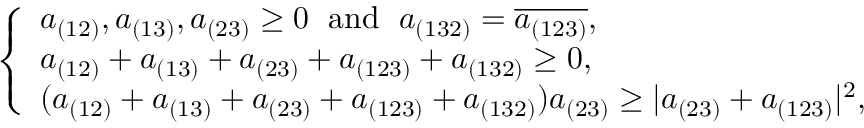
\left\{ \begin{array} { l l } { a _ { ( 1 2 ) } , a _ { ( 1 3 ) } , a _ { ( 2 3 ) } \geq 0 \; \mathrm { ~ a n d ~ } \; a _ { ( 1 3 2 ) } = \overline { { a _ { ( 1 2 3 ) } } } , } \\ { a _ { ( 1 2 ) } + a _ { ( 1 3 ) } + a _ { ( 2 3 ) } + a _ { ( 1 2 3 ) } + a _ { ( 1 3 2 ) } \geq 0 , } \\ { ( a _ { ( 1 2 ) } + a _ { ( 1 3 ) } + a _ { ( 2 3 ) } + a _ { ( 1 2 3 ) } + a _ { ( 1 3 2 ) } ) a _ { ( 2 3 ) } \geq | a _ { ( 2 3 ) } + a _ { ( 1 2 3 ) } | ^ { 2 } , } \end{array} \right.